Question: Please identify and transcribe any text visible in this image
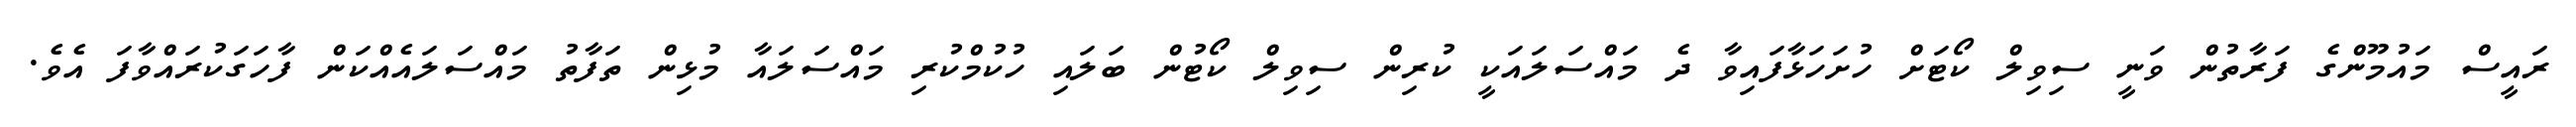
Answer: ރައީސް މައުމޫންގެ ފަރާތުން ވަނީ ސިވިލް ކޯޓަށް ހުށަހަޅާފައިވާ ދެ މައްސަލައަކީ ކުރިން ސިވިލް ކޯޓުން ބަލައި ހުކުމްކުރި މައްސަލައާ މުޅިން ތަފާތު މައްސަލައެއްކަން ފާހަގަކުރައްވާފަ އެވެ.